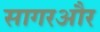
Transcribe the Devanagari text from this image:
सागरऔर